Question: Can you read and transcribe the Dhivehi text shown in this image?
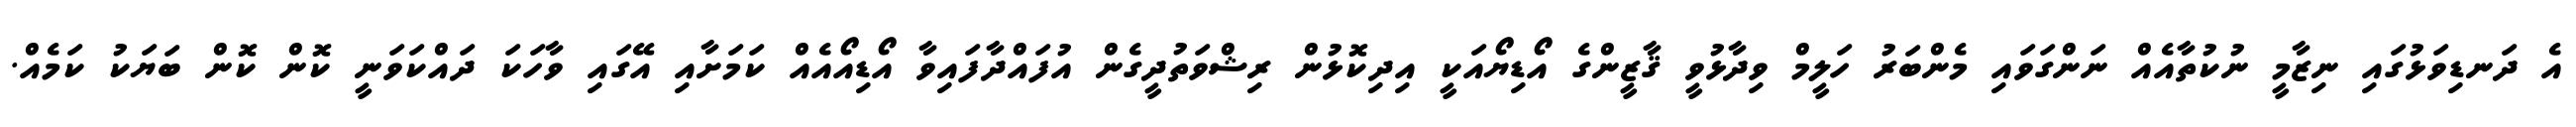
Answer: އެ ދަނޑިވަޅުގައި ނިޒާމީ ނުކުތާއެއް ނަންގަވައި މެންބަރު ހަލީމް ވިދާޅުވީ ޤާޒީންގެ އޯޑިޔޯއަކީ އިދިކޮޅުން ރިޝްވަތުދީގެން އުފައްދާފައިވާ އޯޑިއޯއެއް ކަމަށާއި އޭގައި ވާހަކަ ދައްކަވަނީ ކޮން ކޮން ބަޔަކު ކަމެއް.